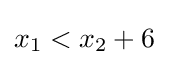
x_{1}<x_{2}+6